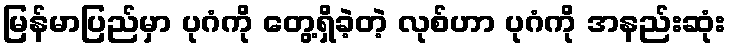
မြန်မာပြည်မှာ ပုဂံကို တွေ့ရှိခဲ့တဲ့ လုစ်ဟာ ပုဂံကို အနည်းဆုံး